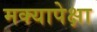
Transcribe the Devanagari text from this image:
मक्यापेक्षा